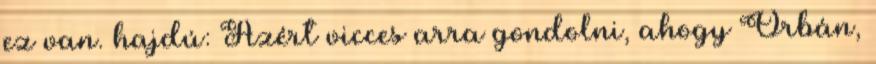
ez van. hajdú: Azért vicces arra gondolni, ahogy Orbán,